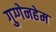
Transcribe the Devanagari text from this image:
गुग्गेनहेम